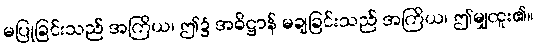
မပြုခြင်းသည် အကြိယ၊ ဤ၌ အဓိဋ္ဌာန် မချခြင်းသည် အကြိယ၊ ဤမျှထူး၏။